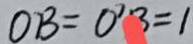
O B = 0 ^ { 7 } B = 1